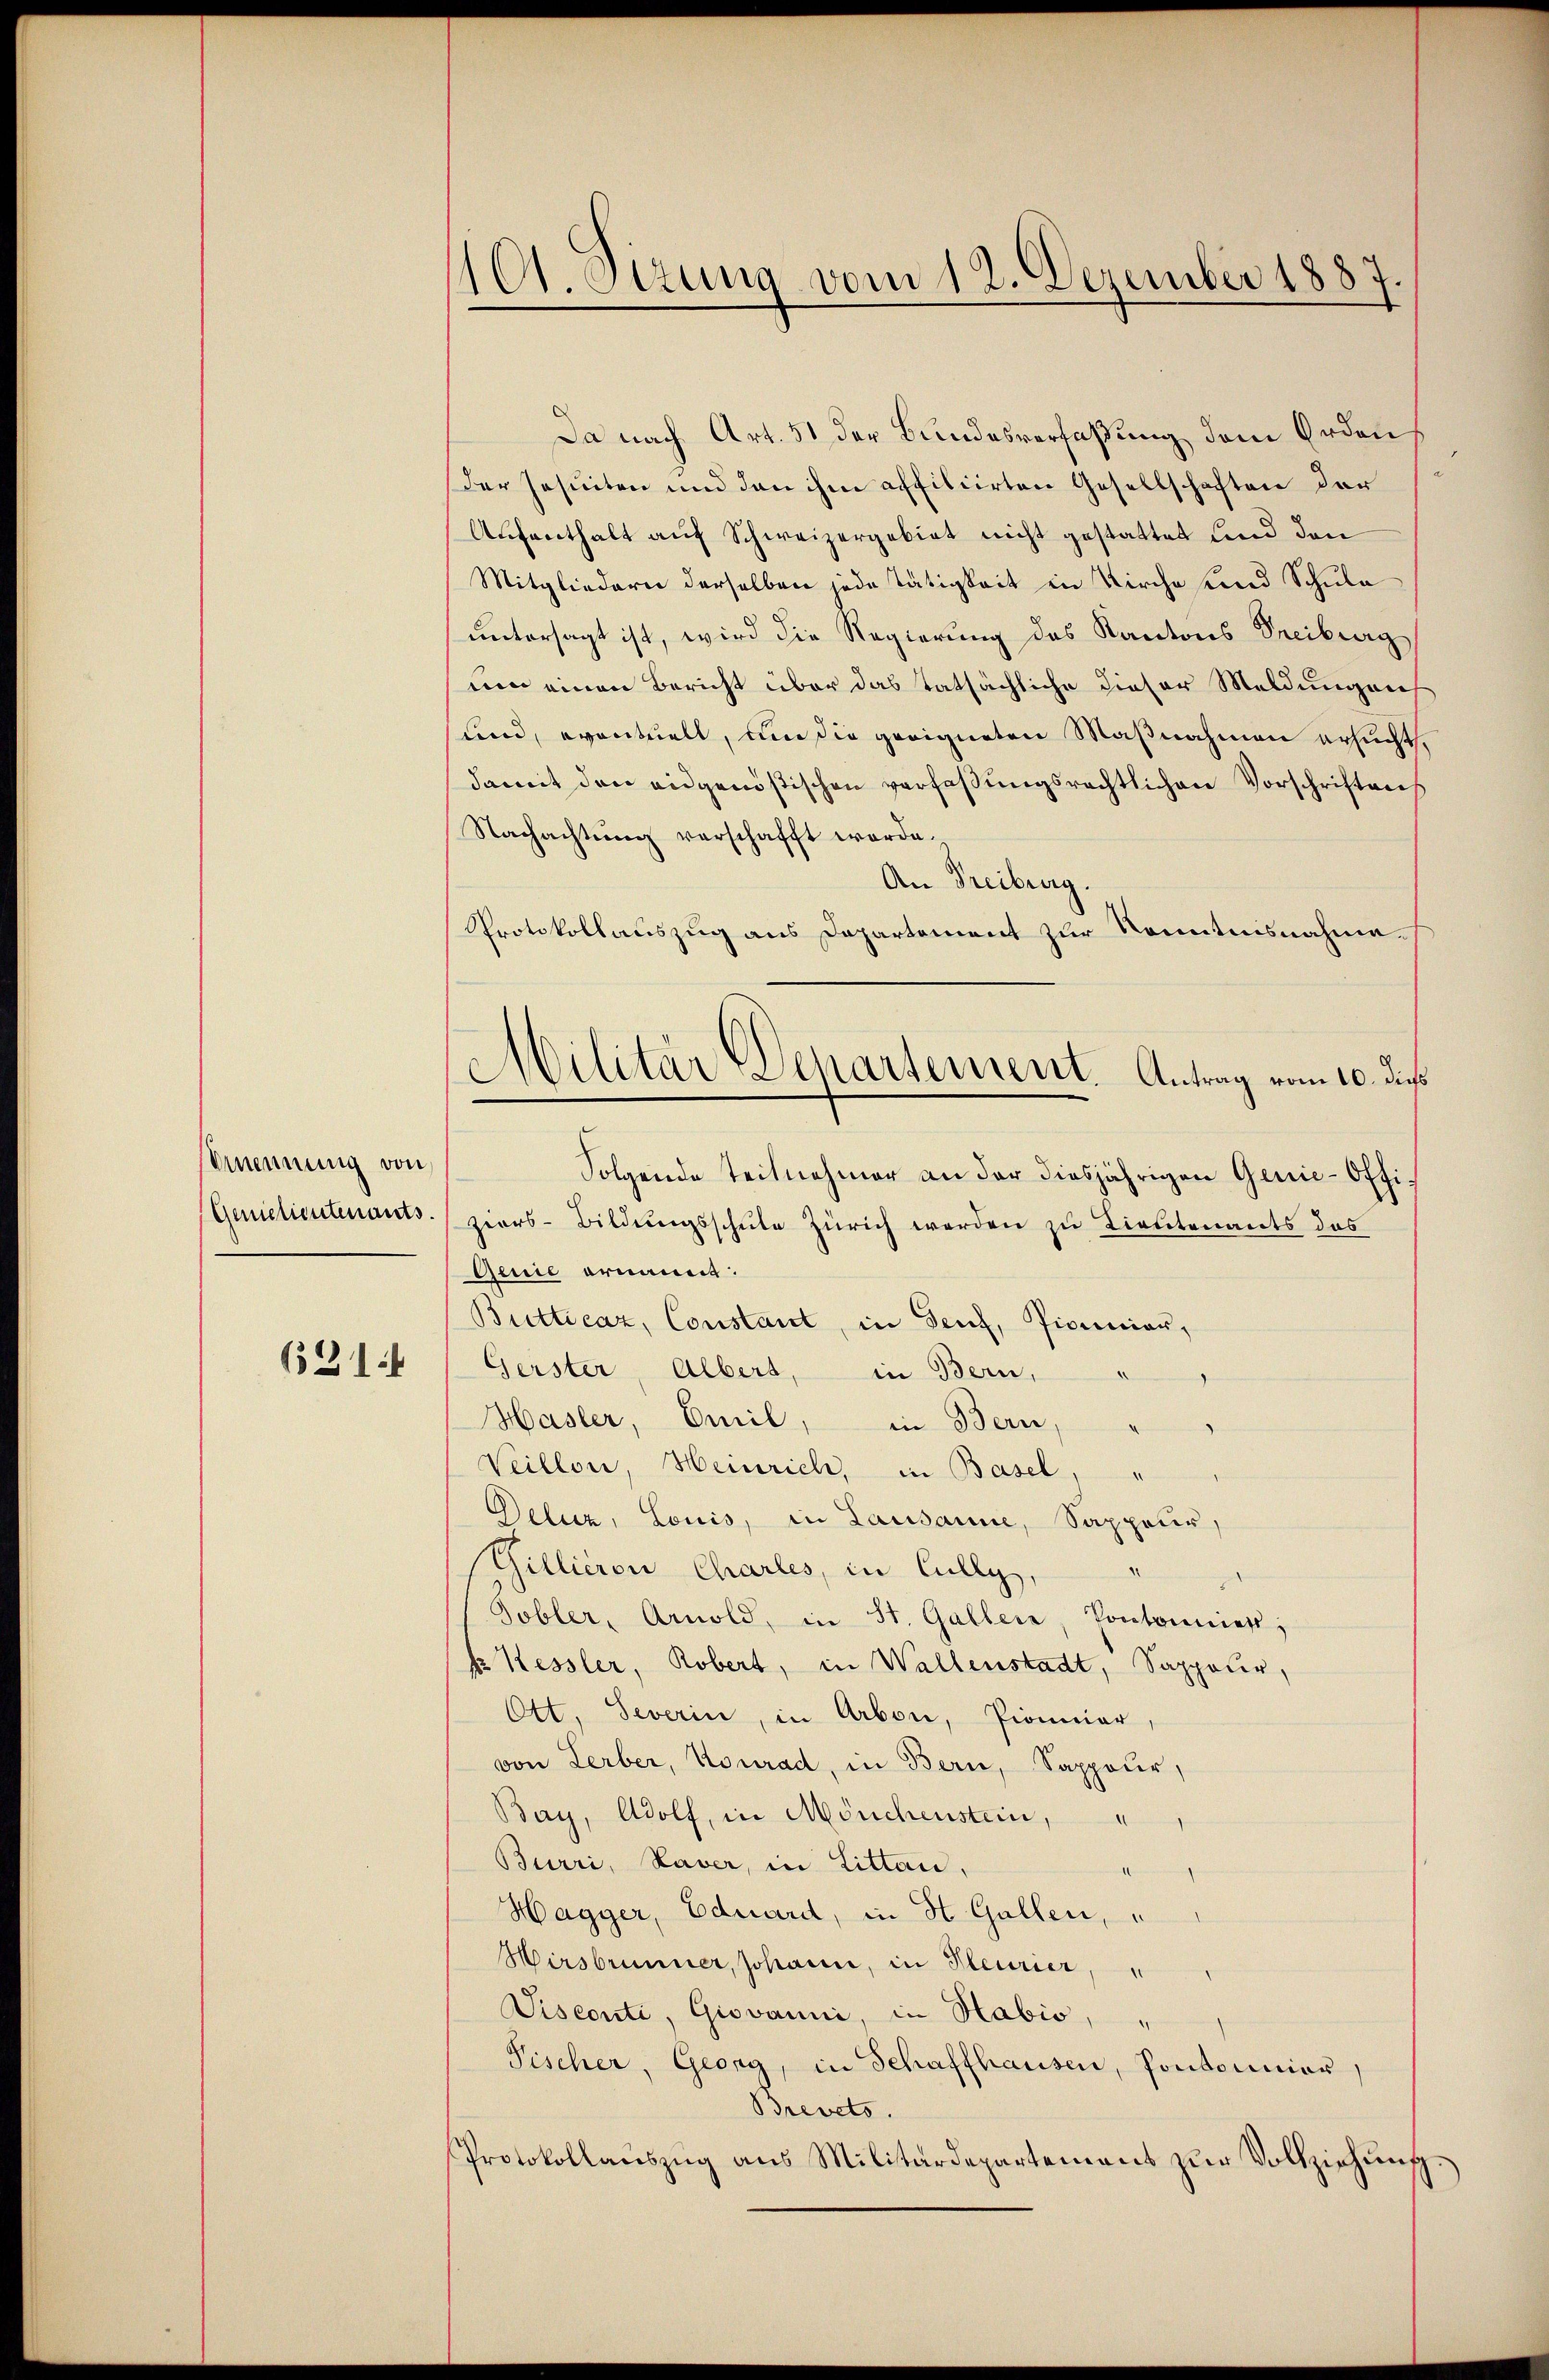
stimmung von
Genietientenants.
—
6314

101. Situng vom 12. Dezember 1887.

Da nach Art. 51 der Bundesverfaßung dem Orden
Der Jesuiten und den ihm affiliirten Gesellschaften der
Aufenthalt auf Schweizergebiet nicht gestattet und den
Mitgliedern derselben jede Tätigkeit in Kirche und Schula
untersagt ist, wird die Regierung des Kantons Treiburg
um einen Bericht über das tatsächliche dieser Meldungen
und, eventuell, um sie geeigneten Maßnahmen ersucht,
damit den eidgenößischen verfaßungsrechtlichen Vorschriftens
Nachachtung verschafft worde.
An Freiburg.
Protokollauszug aus Departement zur Kenntnisnahme¬
Folgende Teilnehmer an der diesjährigen Genie-Offiziers-Bildungsschule Zürich werden zu Lieutenants des
Qinie ernannt:
Butticaz, Constant, in Senf, Pionier,
Gerster, Albers, in Bern,
Hasler, Emil, in Bern,
Veillon, Heinrich, in Basel,
Deluz, Louis, in Lausanne, Sappeur,
Gillieren Charles, in Cully,
d
Tobler, Arnold, in St. Gallen, Pontonnier,
f Kessler, Robert, in Wallenstadt, Sappeler,
Ott Severin, in Arbon, Pionier,
von Lerber, Konrad, in Bern, Sappeur,
Bay, Adolf, in Mönchenstein,
Burri, Laver, in Litten,
Hagger, Eduard, in St. Gallen,
Wirsbrunner, Johann, in Heurier,
Sisconti, Giovanni, in Habis,
Fischer, Georg, in Schaffhausen, Pontonnier
Brevets.
Protokollaŭszŭg ans Militärdepartement zŭr Vollziehŭng.

Militär DDepartement. Antrag vom 10. dies